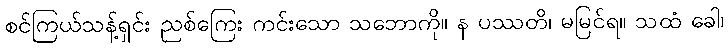
စင်ကြယ်သန့်ရှင်း ညစ်ကြေး ကင်းသော သဘောကို။ န ပဿတိ၊ မမြင်ရ။ သထံ ခေါ၊